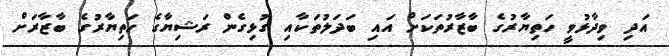
އަދި ވިދާޅުވީ ހަތިޔާރުގެ ބާޒާރުތަކަށް އައި ބަދަލުތަކާއި ގުޅިގެން ރަޝިޔާގެ ހަތިޔާރުގެ ބާޒާރަށް